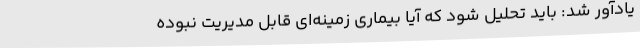
یادآور شد: باید تحلیل شود که آیا بیماری زمینه‌ای قابل مدیریت نبوده